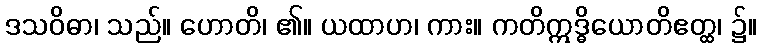
ဒသဝိဓာ၊ သည်။ ဟောတိ၊ ၏။ ယထာဟ၊ ကား။ ကတိဣဒ္ဓိယောတိဧတ္ထ၊ ၌။